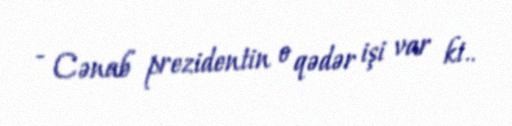
- Cənab prezidentin o qədər işi var ki..